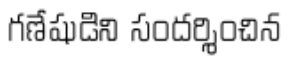
గణేషుడిని సందర్శించిన